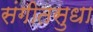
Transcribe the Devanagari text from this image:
संगीतसुधा